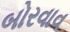
બોરવાવ